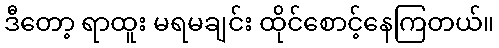
ဒီတော့ ရာထူး မရမချင်း ထိုင်စောင့်နေကြတယ်။